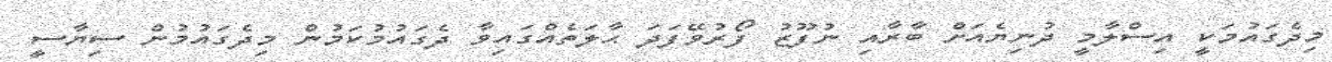
މިދެގައުމަކީ އިސްލާމީ ދުނިޔެއަށް ބާރާއި ނުފޫޒު ފޯރުވޭފަދަ ޙާލަތެއްގައިވާ ދެގައުމުކަމުން މިދެގައުމުން ސިޔާސީ